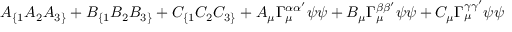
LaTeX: A _ { \{ 1 } A _ { 2 } A _ { 3 \} } + B _ { \{ 1 } B _ { 2 } B _ { 3 \} } + C _ { \{ 1 } C _ { 2 } C _ { 3 \} } + A _ { \mu } \Gamma _ { \mu } ^ { \alpha \alpha ^ { \prime } } \psi \psi + B _ { \mu } \Gamma _ { \mu } ^ { \beta \beta ^ { \prime } } \psi \psi + C _ { \mu } \Gamma _ { \mu } ^ { \gamma \gamma ^ { \prime } } \psi \psi